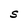
Character: S